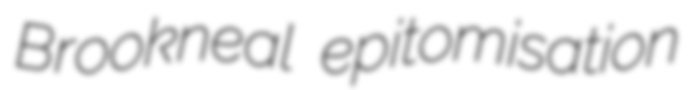
Brookneal epitomisation